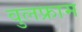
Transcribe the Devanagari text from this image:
वुलफ्राम